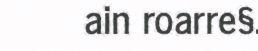
ain roarre§.